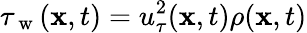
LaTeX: \tau_{\mathrm{~w~}}(\mathbf{x},t)=u_{\tau}^{2}(\mathbf{x},t)\rho(\mathbf{x},t)